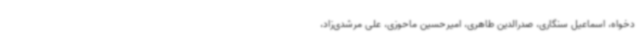
دخواه، اسماعیل سنگاری، صدرالدین طاهری، امیرحسین ماحوزی، علی مرشدی‌زاد،